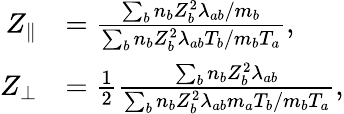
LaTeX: \begin{array}{rl}{Z_{\parallel}}&{=\frac{\sum_{b}n_{b}Z_{b}^{2}\lambda_{ab}/m_{b}}{\sum_{b}n_{b}Z_{b}^{2}\lambda_{ab}T_{b}/m_{b}T_{a}},}\\ {Z_{\perp}}&{=\frac{1}{2}\frac{\sum_{b}n_{b}Z_{b}^{2}\lambda_{ab}}{\sum_{b}n_{b}Z_{b}^{2}\lambda_{ab}m_{a}T_{b}/m_{b}T_{a}},}\end{array}